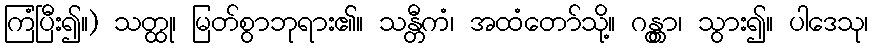
ကြံပြီး၍။) သတ္ထု၊ မြတ်စွာဘုရား၏။ သန္တီကံ၊ အထံတော်သို့။ ဂန္တွာ၊ သွား၍။ ပါဒေသု၊